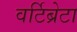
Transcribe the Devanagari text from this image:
वर्टिब्रेटा